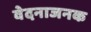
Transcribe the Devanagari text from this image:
वेदनाजनक